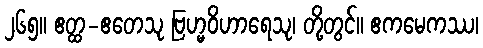
၂၆၅။ ဧတ္ထ-ဧတေသု ဗြဟ္မဝိဟာရေသု၊ တို့တွင်။ ဧကမေကဿ၊